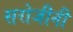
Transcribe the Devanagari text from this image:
सरोजीनी